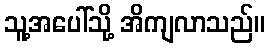
သူ့အပေါ်သို့ အိကျလာသည်။